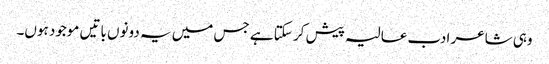
وہی شاعر ادب عالیہ پیش کر سکتا ہے جس میں یہ دونوں باتیں موجود ہوں۔